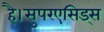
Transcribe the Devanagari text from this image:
है।सुपरएसिड्स